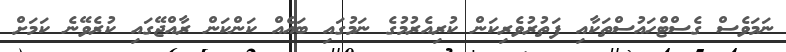
ނަމަވެސް ގެސްޓްހައުސްތަކާއި ފަތުރުވެރިކަން ކުރިއެރުމުގެ ނަމުގައި ބައެއް ކަންކަން ރާއްޖޭގައި ކުރެވޭނެ ކަމަށް